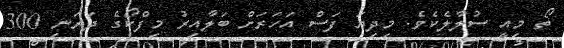
ތޯ މިއީ ސުލާލެކެވެ. މިދިޔަ ފަސް އަހަރަށް ބަލާއިރު މިފްކޯގެ ދަރަނި 300